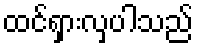
ထင်ရှားလှပါသည်